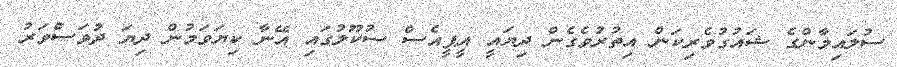
ސުލައިމާންގެ ޝައުގުވެރިކަން އިތުރުވެެގެން ދިޔައީ އީޕީއެސް ސުކޫލުގައި އޭނާ ކިޔަވަމުން ދިޔަ ދުވަސްވަރު